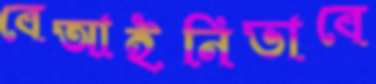
বেআইনিভাবে